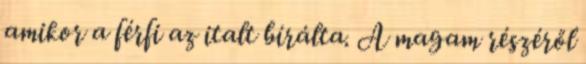
amikor a férfi az italt bírálta. A magam részéről